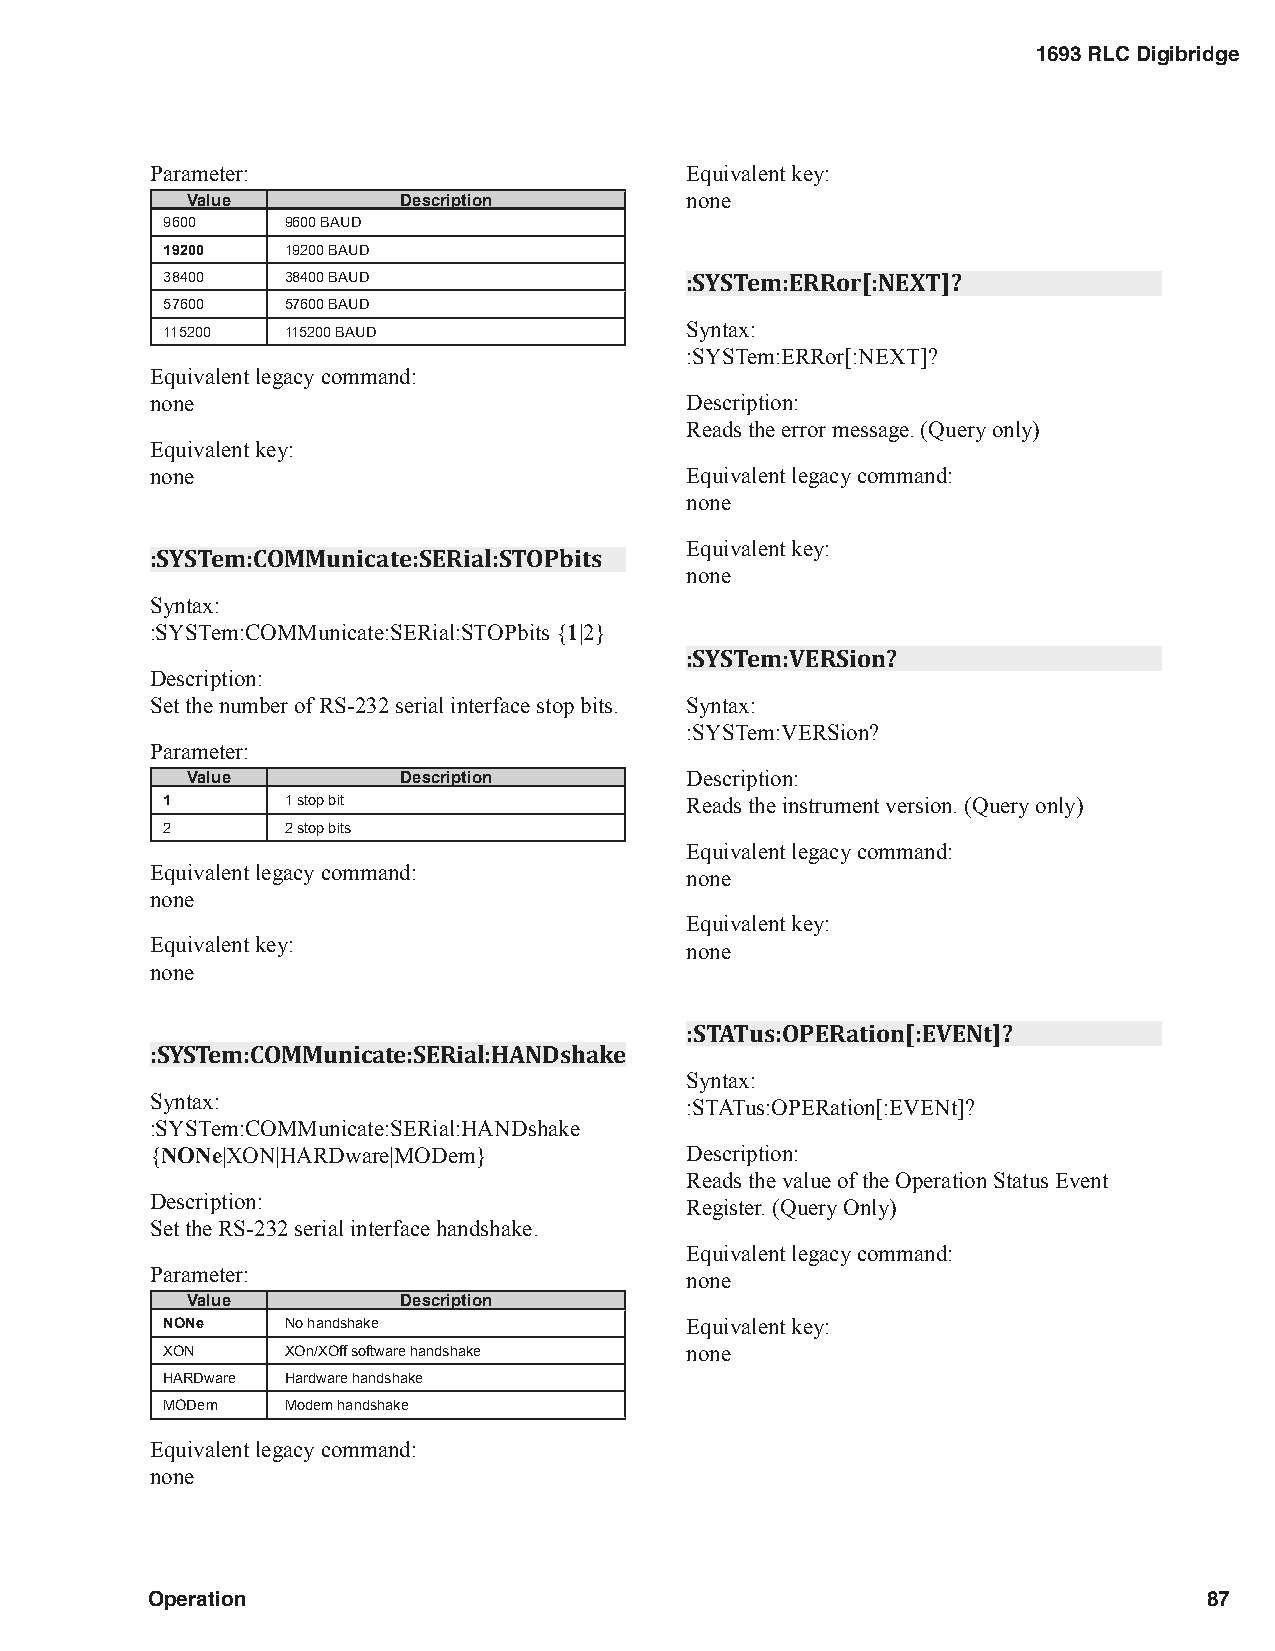
1693 RLC Digibridge
 Parameter:                         Equivalent key:
 Value          Description       none
 9600    9600 BAUD
 19200   19200 BAUD
 38400   38400 BAUD                :SYSTem:ERRor[:NEXT]?
 57600   57600 BAUD
 115200  115200 BAUD               Syntax:
 :SYSTem:ERRor[:NEXT]?
 Equivalent legacy command:
 none                               Description:
 Reads the error message. (Query only)
 Equivalent key:
 none                               Equivalent legacy command:
 none
 Equivalent key:
 :SYSTem:COMMunicate:SERial:STOPbits
 none
 Syntax:
 :SYSTem:COMMunicate:SERial:STOPbits {1|2}
 :SYSTem:VERSion?
 Description:
 Set the number of RS-232 serial interface stop bits. Syntax:
 :SYSTem:VERSion?
 Parameter:
 Value          Description       Description:
 1       1 stop bit                Reads the instrument version. (Query only)
 2       2 stop bits
 Equivalent legacy command:
 Equivalent legacy command:         none
 none
 Equivalent key:
 Equivalent key:                    none
 none
 :STATus:OPERation[:EVENt]?
 :SYSTem:COMMunicate:SERial:HANDshake
 Syntax:
 Syntax:                            :STATus:OPERation[:EVENt]?
 :SYSTem:COMMunicate:SERial:HANDshake
 {NONe|XON|HARDware|MODem}          Description:
 Reads the value of the Operation Status Event
 Description:                       Register. (Query Only)
 Set the RS-232 serial interface handshake.
 Equivalent legacy command:
 Parameter:                         none
 Value          Description
 NONe    No handshake              Equivalent key:
 XON     XOn/XOff software handshake none
 HARDware Hardware handshake
 MODem   Modem handshake
 Equivalent legacy command:
 none
 Operation                                                             87